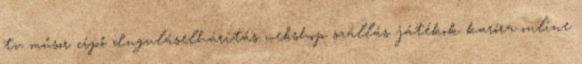
tv műsor cipő duguláselhárítás webshop szállás játékok karóra online